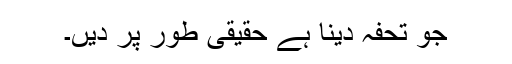
جو تحفہ دینا ہے حقیقی طور پر دیں۔